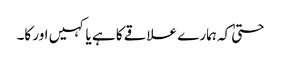
حتیٰ کہ ہمارے علاقے کا ہے یا کہیں اور کا۔